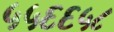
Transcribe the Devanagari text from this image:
५५६६५८